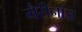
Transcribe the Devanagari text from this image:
मैरीनाज़